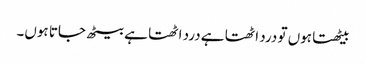
بیٹھتا ہوں تو درد اٹھتا ہے درد اٹھتا ہے بیٹھ جاتا ہوں۔